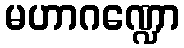
မဟာဂဏ္ဍော